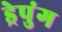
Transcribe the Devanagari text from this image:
ड्रेपुंग